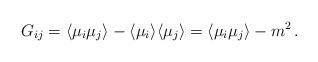
LaTeX: \begin{align*}G_{ij}=\langle \mu _{i}\mu _{j}\rangle -\langle \mu_{i}\rangle \langle \mu _{j}\rangle =\langle \mu _{i}\mu_{j}\rangle -m^{2}\, .\end{align*}